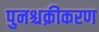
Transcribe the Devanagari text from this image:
पुनश्चक्रीकरण